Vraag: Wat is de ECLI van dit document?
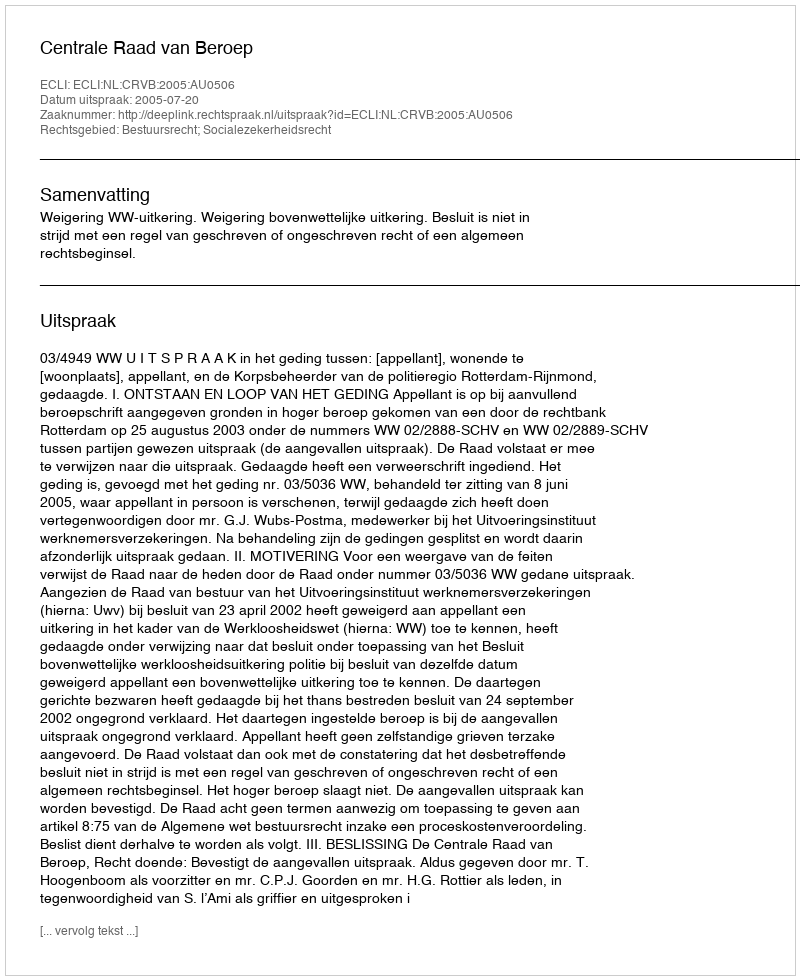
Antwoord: ECLI:NL:CRVB:2005:AU0506